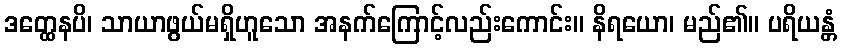
ဒတ္ထေနပိ၊ သာယာဖွယ်မရှိဟူသော အနက်ကြောင့်လည်းကောင်း။ နိရယော၊ မည်၏။ ပရိယန္တံ